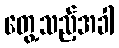
တွေ့သည့်အခါ